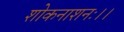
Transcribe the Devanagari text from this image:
शोकनाशनः।।